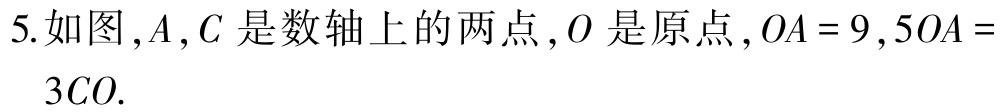
5.如图，\(A\)，\(C\)是数轴上的两点，\(O\)是原点，\(OA = 9\)，\(5OA = 3CO\).